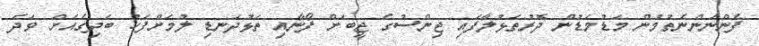
ފެންނަންނެތުމުން މަޑުމަޑުން ދޮރުތަޅުލާފައި ޖިންސުގެ ޖީބަށް ފޯނާއި ތަޅުދަނޑި ލުމަށްފަހު ބަދިގެއަށް ވަދެ